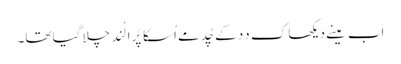
اَب مینے دیکھا کِ دِدِ کے چُد مے اُسکا پُرا لُند چلا گیا تھا۔